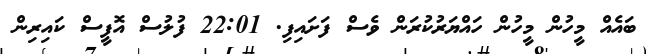
ބައެއް މީހުން މީހުން ހައްޔަރުކުރަން ވެސް ފަށައިފި. 22:01 ފުލުސް އޮފީސް ކައިރިން